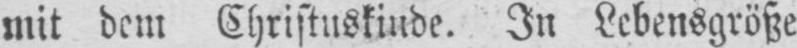
mit dem Christuskinde. In Lebensgröße